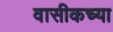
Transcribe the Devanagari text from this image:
वासीकच्या